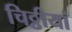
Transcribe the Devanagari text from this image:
चिठ्ठीयां